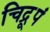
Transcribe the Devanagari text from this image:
चिद्रूपं